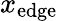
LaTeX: x_{\mathrm{{edge}}}